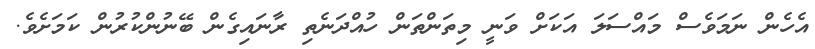
އެހެން ނަމަވެސް މައްސަލަ އަކަށް ވަނީ މިތަންތަން ހުއްދަނެތި ރާނައިގެން ބޭނުންކުރުން ކަމަށެވެ.